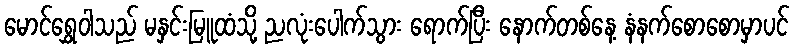
မောင်ရွှေဝါသည် မနှင်းမြူထံသို့ ညလုံးပေါက်သွား ရောက်ပြီး နောက်တစ်နေ့ နံနက်စောစောမှာပင်